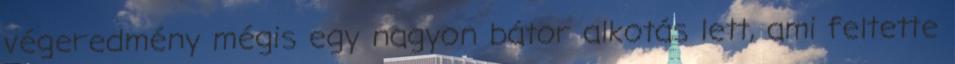
végeredmény mégis egy nagyon bátor alkotás lett, ami feltette